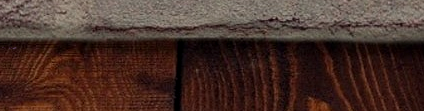
Now Hiring